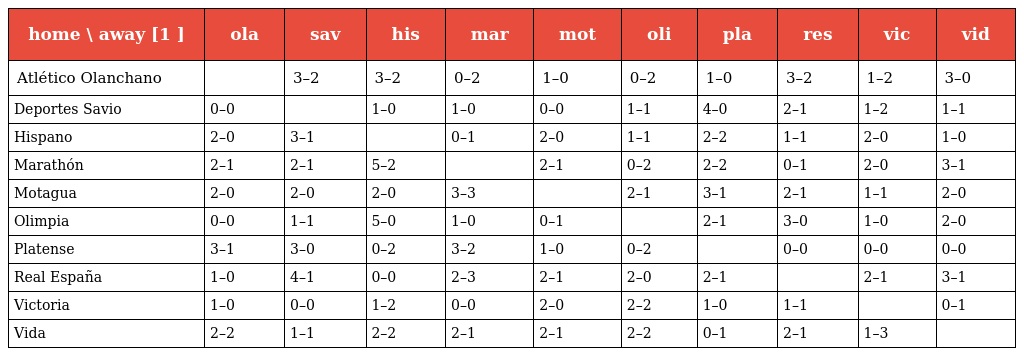
| home \ away [1 ] | ola | sav | his | mar | mot | oli | pla | res | vic | vid |
 | --- | --- | --- | --- | --- | --- | --- | --- | --- | --- | --- |
 | Atlético Olanchano |  | 3–2 | 3–2 | 0–2 | 1–0 | 0–2 | 1–0 | 3–2 | 1–2 | 3–0 |
 | Deportes Savio | 0–0 |  | 1–0 | 1–0 | 0–0 | 1–1 | 4–0 | 2–1 | 1–2 | 1–1 |
 | Hispano | 2–0 | 3–1 |  | 0–1 | 2–0 | 1–1 | 2–2 | 1–1 | 2–0 | 1–0 |
 | Marathón | 2–1 | 2–1 | 5–2 |  | 2–1 | 0–2 | 2–2 | 0–1 | 2–0 | 3–1 |
 | Motagua | 2–0 | 2–0 | 2–0 | 3–3 |  | 2–1 | 3–1 | 2–1 | 1–1 | 2–0 |
 | Olimpia | 0–0 | 1–1 | 5–0 | 1–0 | 0–1 |  | 2–1 | 3–0 | 1–0 | 2–0 |
 | Platense | 3–1 | 3–0 | 0–2 | 3–2 | 1–0 | 0–2 |  | 0–0 | 0–0 | 0–0 |
 | Real España | 1–0 | 4–1 | 0–0 | 2–3 | 2–1 | 2–0 | 2–1 |  | 2–1 | 3–1 |
 | Victoria | 1–0 | 0–0 | 1–2 | 0–0 | 2–0 | 2–2 | 1–0 | 1–1 |  | 0–1 |
 | Vida | 2–2 | 1–1 | 2–2 | 2–1 | 2–1 | 2–2 | 0–1 | 2–1 | 1–3 |  |